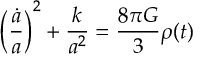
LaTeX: \biggl ( { \frac { \dot { a } } { a } } \biggr ) ^ { 2 } + { \frac { k } { a ^ { 2 } } } = { \frac { 8 \pi G } { 3 } } \rho ( t )